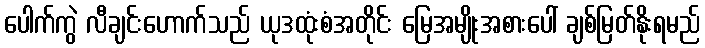
ပေါက်ကွဲ လီချင်းဟောက်သည် ယုဒထုံးစံအတိုင်း မြေအမျိုးအစားပေါ် ချစ်မြတ်နိုးရမည်